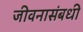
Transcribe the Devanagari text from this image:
जीवनासंबधी